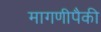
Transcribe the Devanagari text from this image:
मागणीपैकी